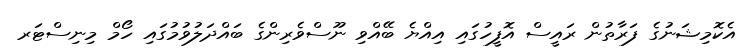
އެކޮމިޝަނުގެ ފަރާތުން ރައީސް އޮފީހުގައި އިއްޔެ ބޭއްވި ނޫސްވެރިންގެ ބައްދަލުވުމުގައި ހޯމް މިނިސްޓަރ